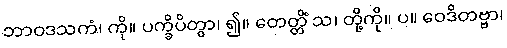
ဘာဝဒသကံ၊ ကို။ ပက္ခိပိတွာ၊ ၍။ တေတ္တိံ သ၊ တို့ကို။ ပ။ ဝေဒိတဗ္ဗာ၊